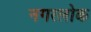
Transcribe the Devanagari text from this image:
नगरलोक